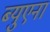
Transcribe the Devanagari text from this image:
ब्युएना